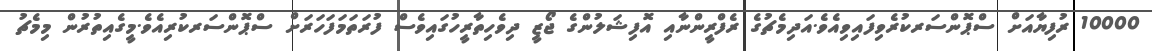
10000 ރުފިޔާއަށް ސްޕޮންސަރކުރެވިފައިވިއެވެ.އަދިމެޗުގެ ރެފްރީންނާއި އޮފިޝަލުންގެ ޖޯޒީ ދިވެހިތާރީހުގައިވެސް ފުރަތަމަފަހަރަށް ސްޕޮންސަރކުރިއެވެ.މީގެއިތުރުން މިމެޗު